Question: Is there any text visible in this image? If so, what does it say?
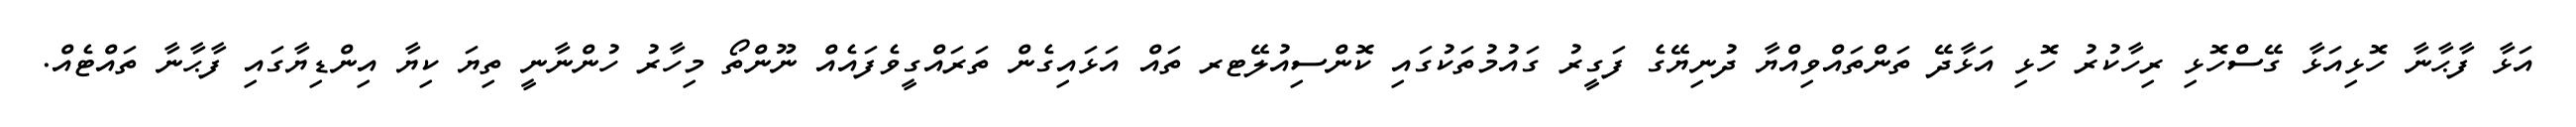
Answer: އަޅާ ފާޙާނާ ހޮޅިއަޅާ ގޭސްހޮޅި ރިހާކުރު ހޮޅި އަޅާދޭ ތަންތައްވިއްޔާ ދުނިޔޭގެ ފަގީރު ގައުމުތަކުގައި ކޮންސިއުލޭޓރ ތައް އަޅައިގެން ތަރައްގީވެފައެއް ނޫންތޯ މިހާރު ހުންނާނީ ތިޔަ ކިޔާ އިންޑިޔާގައި ފާޙާނާ ތައްޓެއް.